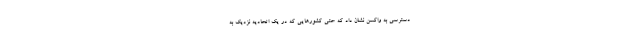
دسترسی به واکسن نشان داد که حتی کشورهایی که در یک اتحادیه نزدیک به